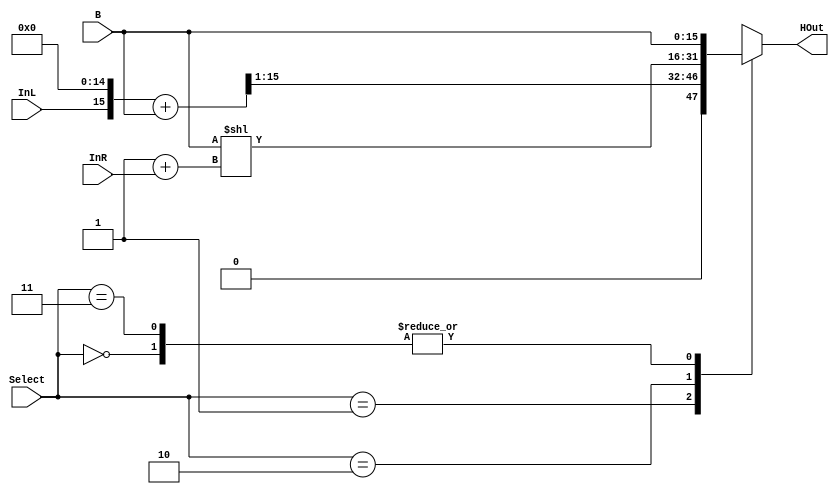
module SHIFTER16(
    input [1:0] Select,
    input [BITS-1:0] B,
    input InL,
    input InR,
    output [15:0] HOut
    );
	 
	 parameter BITS=16;
	 
	 reg [BITS-1:0] HOut_;
	 
	 assign HOut = HOut_;
	 
	 initial begin
		HOut_=0;
	 end
	 
	 always @(*) begin
		case(Select)
			0: HOut_=B;
			1: HOut_=(InL<<(BITS-1))	+ B>>1; // shift left 1, add carry
			2: HOut_=B<<1 + InR; // Shift left twice
			3: HOut_=B;
		endcase
	 end
endmodule